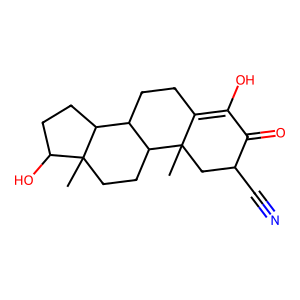
SMILES: CC12CC(C#N)C(=O)C(O)=C1CCC1C2CCC2(C)C(O)CCC12
Inhibits HIV replication: No